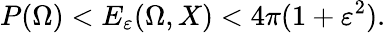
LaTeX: P(\Omega)<E_{\varepsilon}(\Omega,X)<4\pi(1+\varepsilon^{2}).